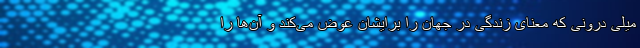
میلی درونی که معنای زندگی در جهان را برایشان عوض می‌کند و آن‌ها را